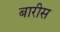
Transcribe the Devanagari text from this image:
बारीस